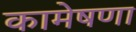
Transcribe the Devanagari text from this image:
कामेषणा